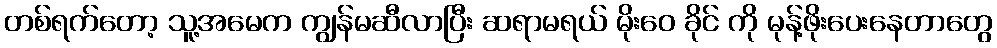
တစ်ရက်တော့ သူ့အမေက ကျွန်မဆီလာပြီး ဆရာမရယ် မိုးဝေ ခိုင် ကို မုန့်ဖိုးပေးနေတာတွေ